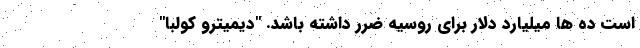
است ده ها میلیارد دلار برای روسیه ضرر داشته باشد. "دیمیترو کولبا"